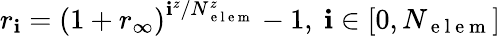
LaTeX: r_{\mathbf{i}}=\left(1+r_{\infty}\right)^{\mathbf{i}^{z}/N_{\mathrm{{~e~l~e~m~}}}^{z}}-1,\ \mathbf{i}\in[0,N_{\mathrm{{~e~l~e~m~}}}]